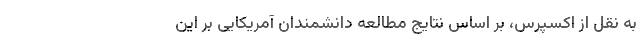
به نقل از اکسپرس، بر اساس نتایج مطالعه دانشمندان آمریکایی بر این